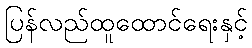
ပြန်လည်ထူထောင်ရေးနှင့်